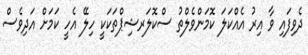
ދެވިފައި ވާ އިރު އެއްކަލަ ކޮމަންވެލްތު ސްކޮލަރޝިޕްތަކަކީ ހިލޭ އެހީ ކަމަށް އަދިވެސް